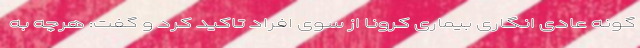
گونه عادی انگاری بیماری کرونا از سوی افراد تاکید کرد و گفت: هرچه به